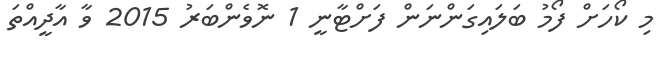
މި ކޯހަށް ފޯމު ބަލައިގަންނަން ފަށްޓާނީ 1 ނޮވެންބަރު 2015 ވާ އާދީއްތަ